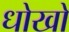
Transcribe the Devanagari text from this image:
धोखो